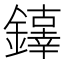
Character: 𨬕